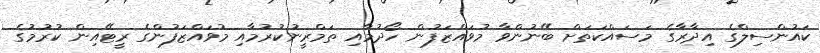
ކައުންސިލްގެ އިދާރާގެ މަސައްކަތަށް ބޭނުންވާ މުވައްޒަފުން ހޯދުމާއި ތަމްރީނުކުރުމާއި މުވައްޒަފުންގެ ރީޓޭއިން ކުރުމުގެ